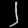
Digit: ၂